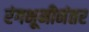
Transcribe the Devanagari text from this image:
रंगभूमीनंतर